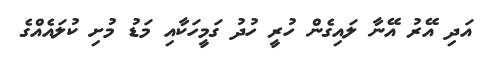
އަދި އޭރު އޭނާ ލައިގެން ހުރީ ހުދު ގަމީހަކާއި މަޑު މުށި ކުލައެއްގެ